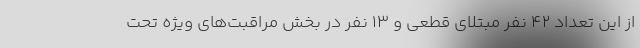
از این تعداد ۴۲ نفر مبتلای قطعی و ۱۳ نفر در بخش مراقبت‌های ویژه تحت